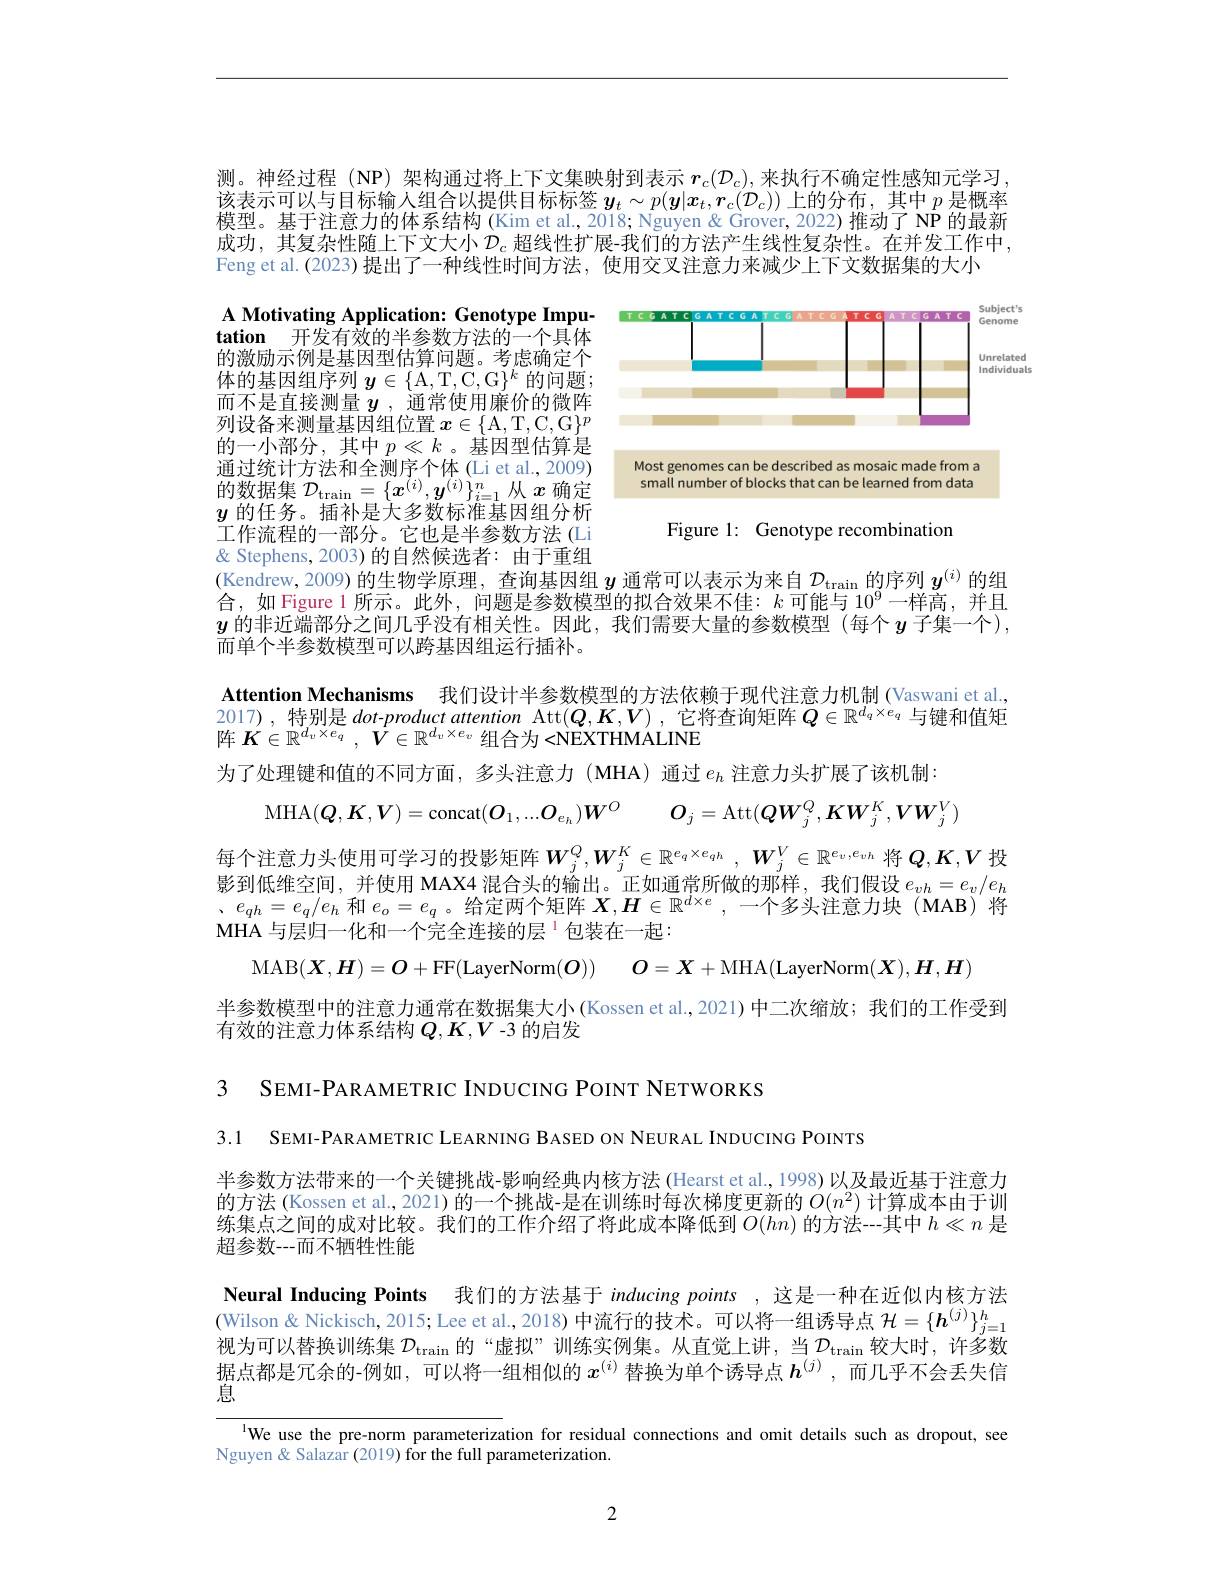
测。神经过程 (NP) 架构通过将上下文集映射到表示$r_c(\mathcal{D}_c)$,来执行不确定性感知元学习， 该表示可以与目标输人组合以提供目标标签$y_t\sim p(\boldsymbol{y}|x_t,\boldsymbol{r}_c(\mathcal{D}_c))$上的分布，其中$p$是概率韓型。基干洋意力的体系结构(Kim et al.2018: Nguven&Grover.2022)推动了NP的最新成功，其复杂性随上下文大小$\mathcal{D}_c$超线性扩展-我们的方法产生线性复杂性。在并发工作中， Feng et al.(2023)提出了一种线性时间方法，使用交叉注意力来减少上下文数据集的大小

<FigureHere>

A Motivating Application: Genotype Imputation 开发有效的半参数方法的一个具体的激励示例是基因型估算问题。考虑确定个体的基因组序列$y\in \{$A, T, C, G$\} ^k$的问题； 而不是直接测量$y$,通常使用廉价的微阵列设备来测量基因组位置$x\in \{$A, T, C, G$\} ^p$ 的一小部分，其中$p\ll k$ 。基因型估算是通过统计方法和全测序个体 (Li et al., 2009) 的数据集$\mathcal{D}_\mathrm{train}=\{x^{(i)},\boldsymbol{y}^{(i)}\}_{i=1}^n$从$x$确定$y$的任务。插补是大多数标准基因组分析工作流程的一部分。它也是半参数方法(Li & Stephens, 2003)的自然候选者：由于重组

Figure 1: Genotype recombination

(Kendrew,2009)的生物学原理，查询基因组$y$通常可以表示为来自$\mathcal{D}_\tan\text{的序列 }\boldsymbol{y}^{(i)}$的组合，如 Figure 1 所示。此外，问题是参数模型的拟合效果不佳：$k$ 可能与 $10^{9}$一样高，并且$y$的非近端部分之间几乎没有相关性。因此，我们需要大量的参数模型(每个$y$子集一个), 而单个半参数模型可以跨基因组运行插补。

Attention Mechanisms 我们设计半参数模型的方法依赖于现代注意力机制 (Vaswani et al. 2017),特别是 dot-product attention Att$(Q,K,V)$,它将查询矩阵$Q\in\mathbb{R}^d_q\times e_q$ 与键和值矩阵$K\in \mathbb{R} ^{d_v\times e_q}$ , $\dot{V} \in \mathbb{R} ^{d_v\times e_v}$组合为<NEXTHMALINE

为了处理键和值的不同方面，多头注意力 (MHA) 通过$e_h$注意力头扩展了该机制：
$$\mathrm{MHA}(\boldsymbol{Q},\boldsymbol{K},\boldsymbol{V})=\mathrm{concat}(\boldsymbol{O}_1,...\boldsymbol{O}_{e_h})\boldsymbol{W}^O\quad\boldsymbol{O}_j=\mathrm{Att}(\boldsymbol{Q}\boldsymbol{W}_j^Q,\boldsymbol{K}\boldsymbol{W}_j^K,\boldsymbol{V}\boldsymbol{W}_j^V)$$
每个注意力头使用可学习的投影矩阵$\boldsymbol{W}_j^Q,\boldsymbol{W}_j^K\in\mathbb{R}^{e_q\times e_{qh}},\boldsymbol{W}_j^V\in\mathbb{R}^{e_v,e_{vh}}$ 将$\boldsymbol{Q},\boldsymbol{K},\boldsymbol{V}$ 投影到低维空间，并使用 MAX4 混合头的输出。正如通常所做的那样，我们假设$e_vh=e_v/e_h$ $, e_{qh}= e_q/ e_h$和$e_o=e_q$。给定两个矩阵$X,\boldsymbol H\in\mathbb{R}^d\times e$,一个多头注意力块 (MAB) 将MHA 与层归一化和一个完全连接的层$^{1}$包装在一起：
$$\mathrm{MAB}(\boldsymbol{X},\boldsymbol{H})=\boldsymbol{O}+\mathrm{FF}(\mathrm{LayerNorm}(\boldsymbol{O}))\quad O=\boldsymbol{X}+\mathrm{MHA}(\mathrm{LayerNorm}(\boldsymbol{X}),\boldsymbol{H},\boldsymbol{H})$$
半参数模型中的注意力通常在数据集大小 (Kossen et al.,2021)中二次缩放；我们的工作受到
有效的注意力体系结构$Q,K,V$ -3 的启发

3 SEMI-PARAMETRIC INDUCING POINT NETWORKS

3.1 SEMI-PARAMETRIC LEARNING BASED ON NEURAL INDUCING POINTS

半参数方法带来的一个关键挑战-影响经典内核方法 (Hearst et al., 1998) 以及最近基于注意力的方法 (Kossen et al., 2021) 的一个挑战-是在训练时每次梯度更新的$O(n^2)$计算成本由于训练集点之间的成对比较。我们的工作介绍了将此成本降低到$O(hn)$的方法---其中$h\ll n$是超参数---而不牺牲性能

Neural Inducing Points 我们的方法基于inducing points ,这是一种在近似内核方法

(Wilson & Nickisch, 2015; Lee et al., 2018) 中流行的技术。可以将一组诱导点$\mathcal{H}=\{\boldsymbol{h}^{(j)}\}_{j=1}^h$ 视为可以替换训练集 $\mathcal{D}_\mathrm{train}$ 的“虚拟”训练实例集。从直觉上讲，当$\mathcal{D}_\tan$较大时，许多数据点都是冗余的-例如，可以将一组相似的$x^{(i)}$替换为单个诱导点$h^{(j)}$ ,而几乎不会丢失信息

$^{1}$We use the pre-norm parameterization for residual connections and omit details such as dropout, see
Nguyen& Salazar (2019) for the full parameterization.

2